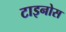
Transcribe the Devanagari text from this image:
टाइनोस